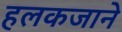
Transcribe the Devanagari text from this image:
हलकजाने